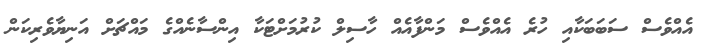
އެއްވެސް ސަބަބަކާއި ހުރެ އެއްވެސް މަންފާއެއް ހާސިލް ކުރުމަށްޓަކާ އިންސާނެއްގެ މައްޗަށް އަނިޔާވެރިކަން